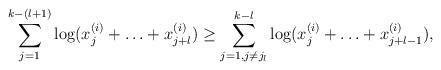
LaTeX: \begin{align*}\sum_{j=1}^{k-(l+1)} \log(x^{(i)}_j + \ldots + x^{(i)}_{j+l})\geq\sum_{j=1,j\not=j_l}^{k-l} \log(x^{(i)}_j + \ldots + x^{(i)}_{j+l-1}) ,\end{align*}